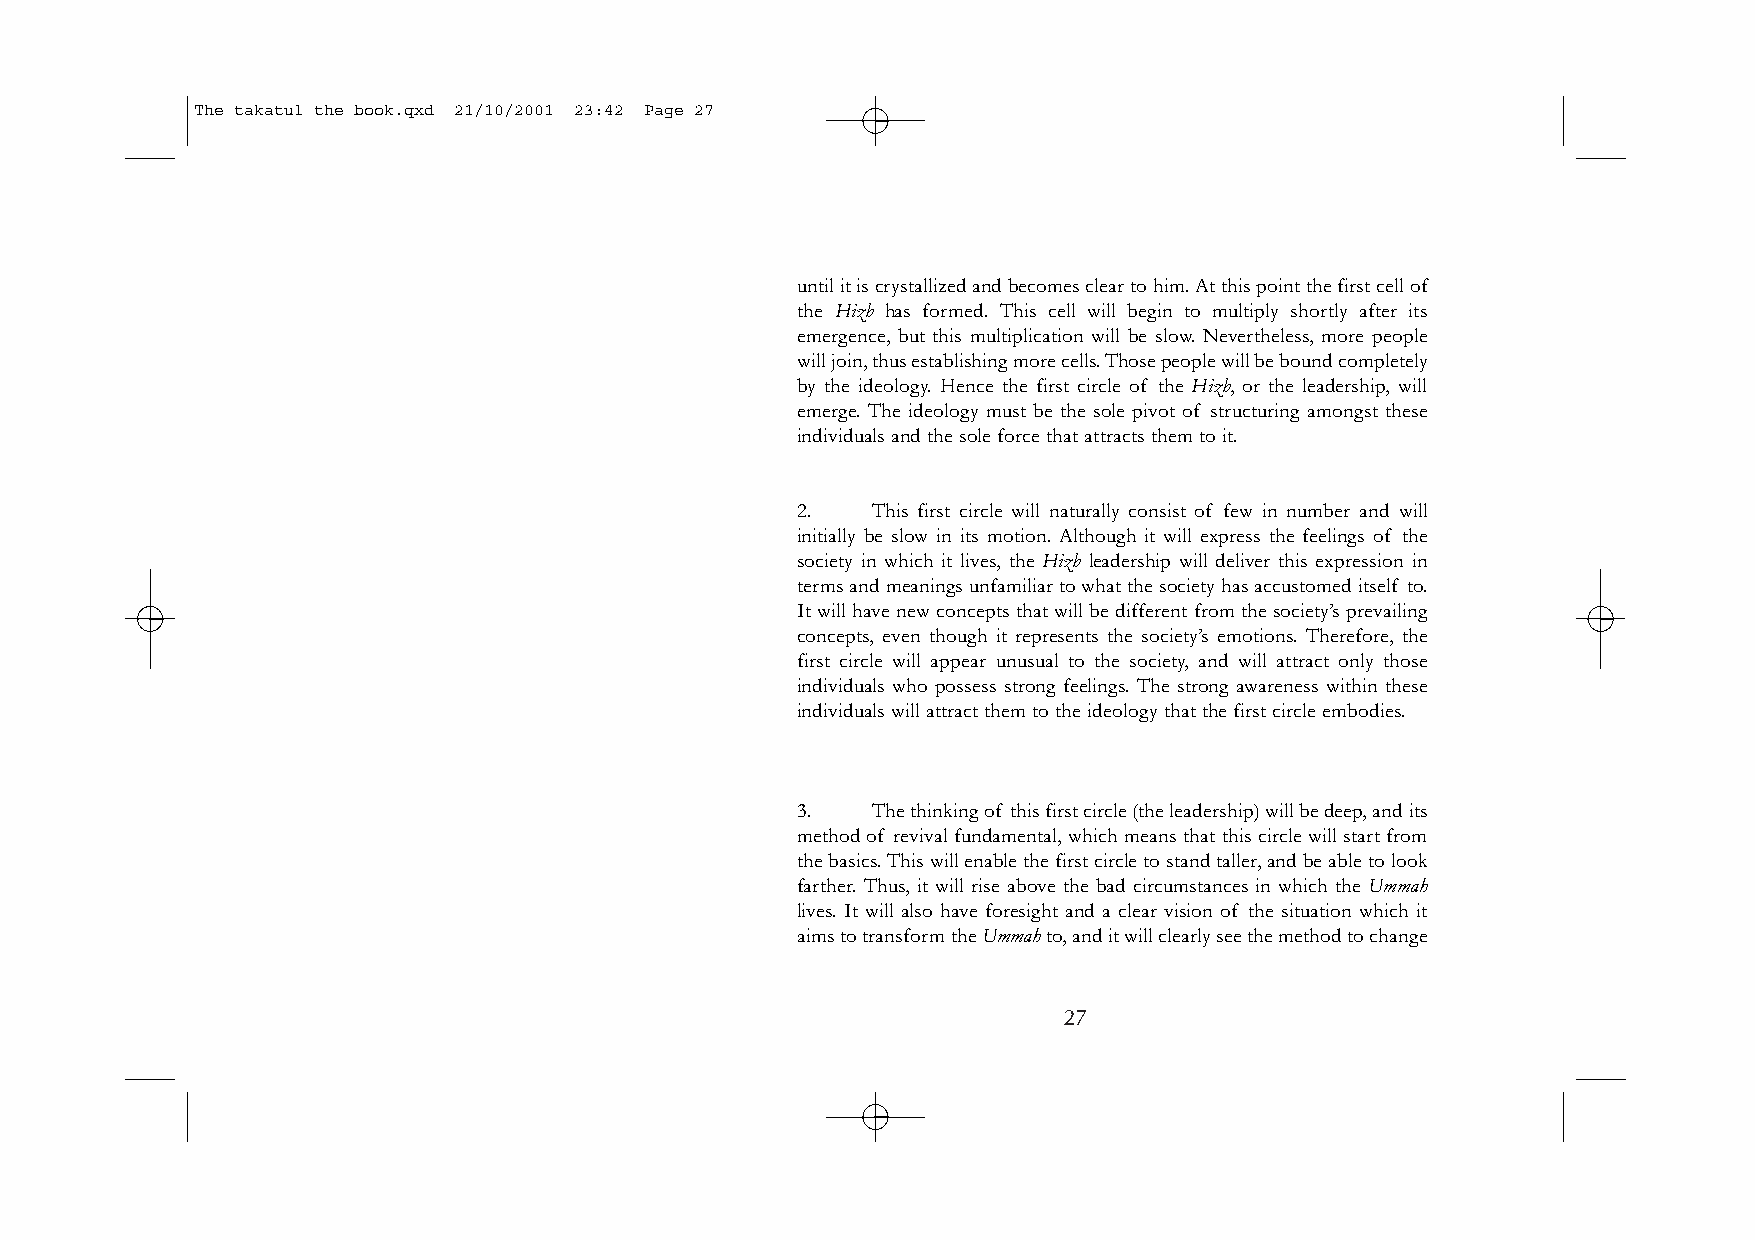
The takatul the book.qxd 21/10/2001 23:42 Page 27
 until it is crystallized and becomes clear to him.At this point the first cell of
 the Hizb has formed. This cell will begin to multiply shortly after its
 emergence, but this multiplication will be slow. Nevertheless, more people
 will join,thus establishing more cells.Those people will be bound completely
 by the ideology. Hence the first circle of the Hizb, or the leadership, will
 emerge. The ideology must be the sole pivot of structuring amongst these
 individuals and the sole force that attracts them to it.
 2.   This first circle will naturally consist of few in number and will
 initially be slow in its motion. Although it will express the feelings of the
 society in which it lives, the Hizb leadership will deliver this expression in
 terms and meanings unfamiliar to what the society has accustomed itself to.
 It will have new concepts that will be different from the society’s prevailing
 concepts, even though it represents the society’s emotions. Therefore, the
 first circle will appear unusual to the society, and will attract only those
 individuals who possess strong feelings. The strong awareness within these
 individuals will attract them to the ideology that the first circle embodies.
 3.   The thinking of this first circle (the leadership) will be deep,and its
 method of revival fundamental, which means that this circle will start from
 the basics.This will enable the first circle to stand taller,and be able to look
 farther. Thus, it will rise above the bad circumstances in which the Ummah
 lives. It will also have foresight and a clear vision of the situation which it
 aims to transform the Ummahto,and it will clearly see the method to change
 27